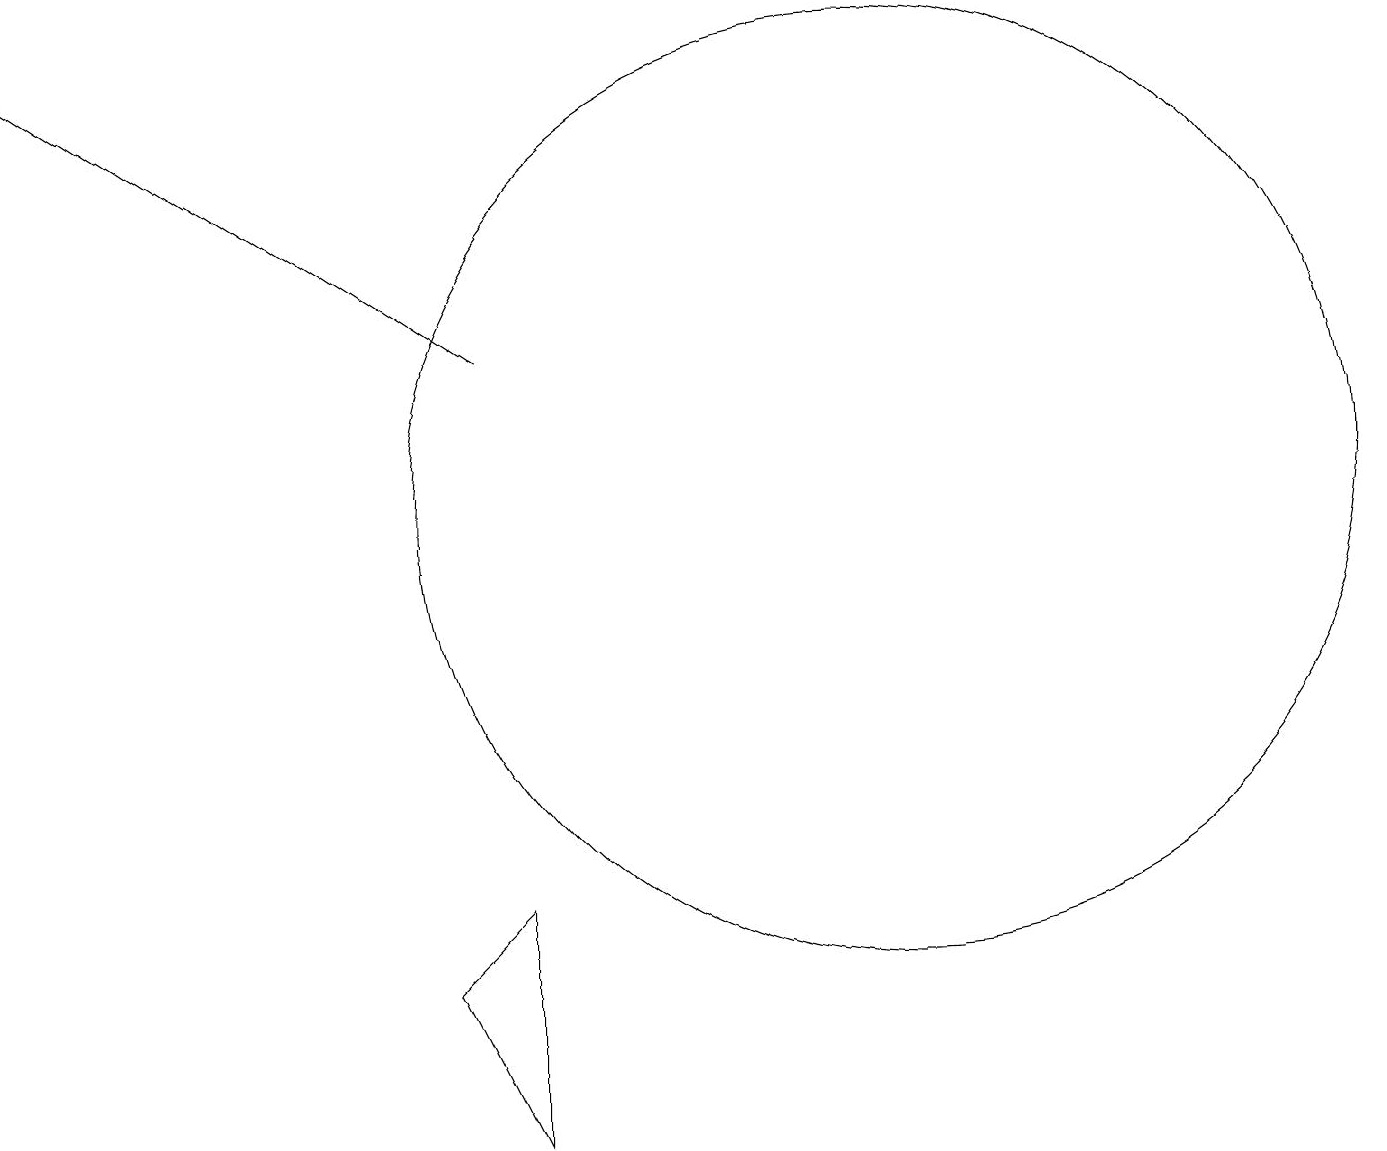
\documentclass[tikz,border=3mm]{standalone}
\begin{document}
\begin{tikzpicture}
\draw (12,10) circle (6);
\draw (7,5) -- (6,4) -- (7,2) -- cycle;
\draw[->] (7,12) -- (1,16);
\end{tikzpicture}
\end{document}